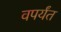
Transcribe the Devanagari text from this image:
वपर्यंत